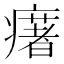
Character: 𤻔